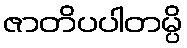
ဇာတိပပါတမ္ပိ